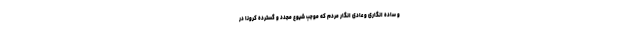
و ساده انگاری و عادی انگار مردم که موجب شیوع مجدد و گسترده کرونا در